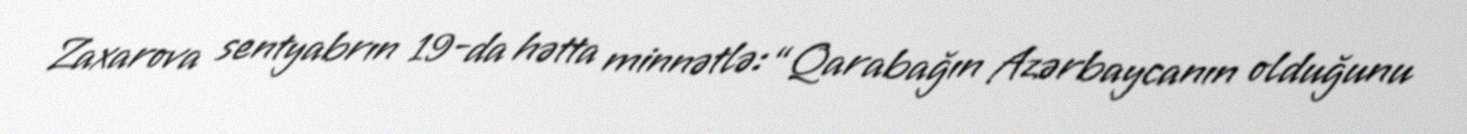
Zaxarova sentyabrın 19-da hətta minnətlə: “Qarabağın Azərbaycanın olduğunu